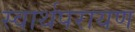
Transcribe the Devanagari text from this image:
स्वार्थपरायण